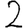
Digit: 2